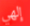
إلهي